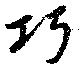
巧